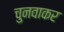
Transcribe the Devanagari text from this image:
चुनवाकर